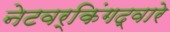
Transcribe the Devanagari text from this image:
नेटवर्किंगद्वारे